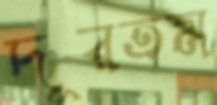
দূরতম